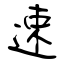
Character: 速